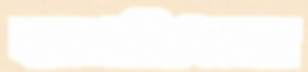
কাঙালিখানা